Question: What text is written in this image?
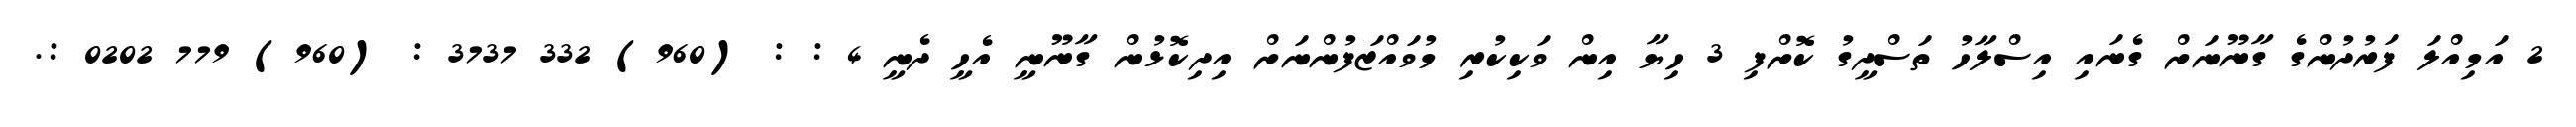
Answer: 2 އަމިއްލަ ފަރުދުންގެ ގާނޫނަށް ގެނައި އިސްލާހު ތަސްދީގު ކޮށްފި 3 ހިޔާ އިން ވަކިކުރި މުވައްޒަފުންނަށް އިދިކޮޅުން ގާނޫނީ އެހީ ދެނީ 4 : : (960) 332 3737 : (960) 779 0202 :.